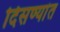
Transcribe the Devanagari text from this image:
दिसण्यांत